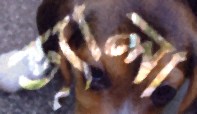
ভ্যালা